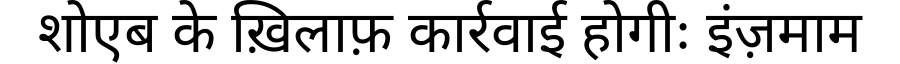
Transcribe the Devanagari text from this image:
शोएब के ख़िलाफ़ कार्रवाई होगीः इंज़माम